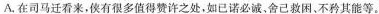
A.在司马迁看来，侯有很多值得赞许之处，如已诺必诚，舍己救困。不矜其能等。